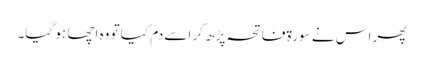
پھر اس نے سورۃ فاتحہ پڑھ کر اسے دم کیا تو وہ اچھا ہو گیا۔